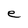
Character: e